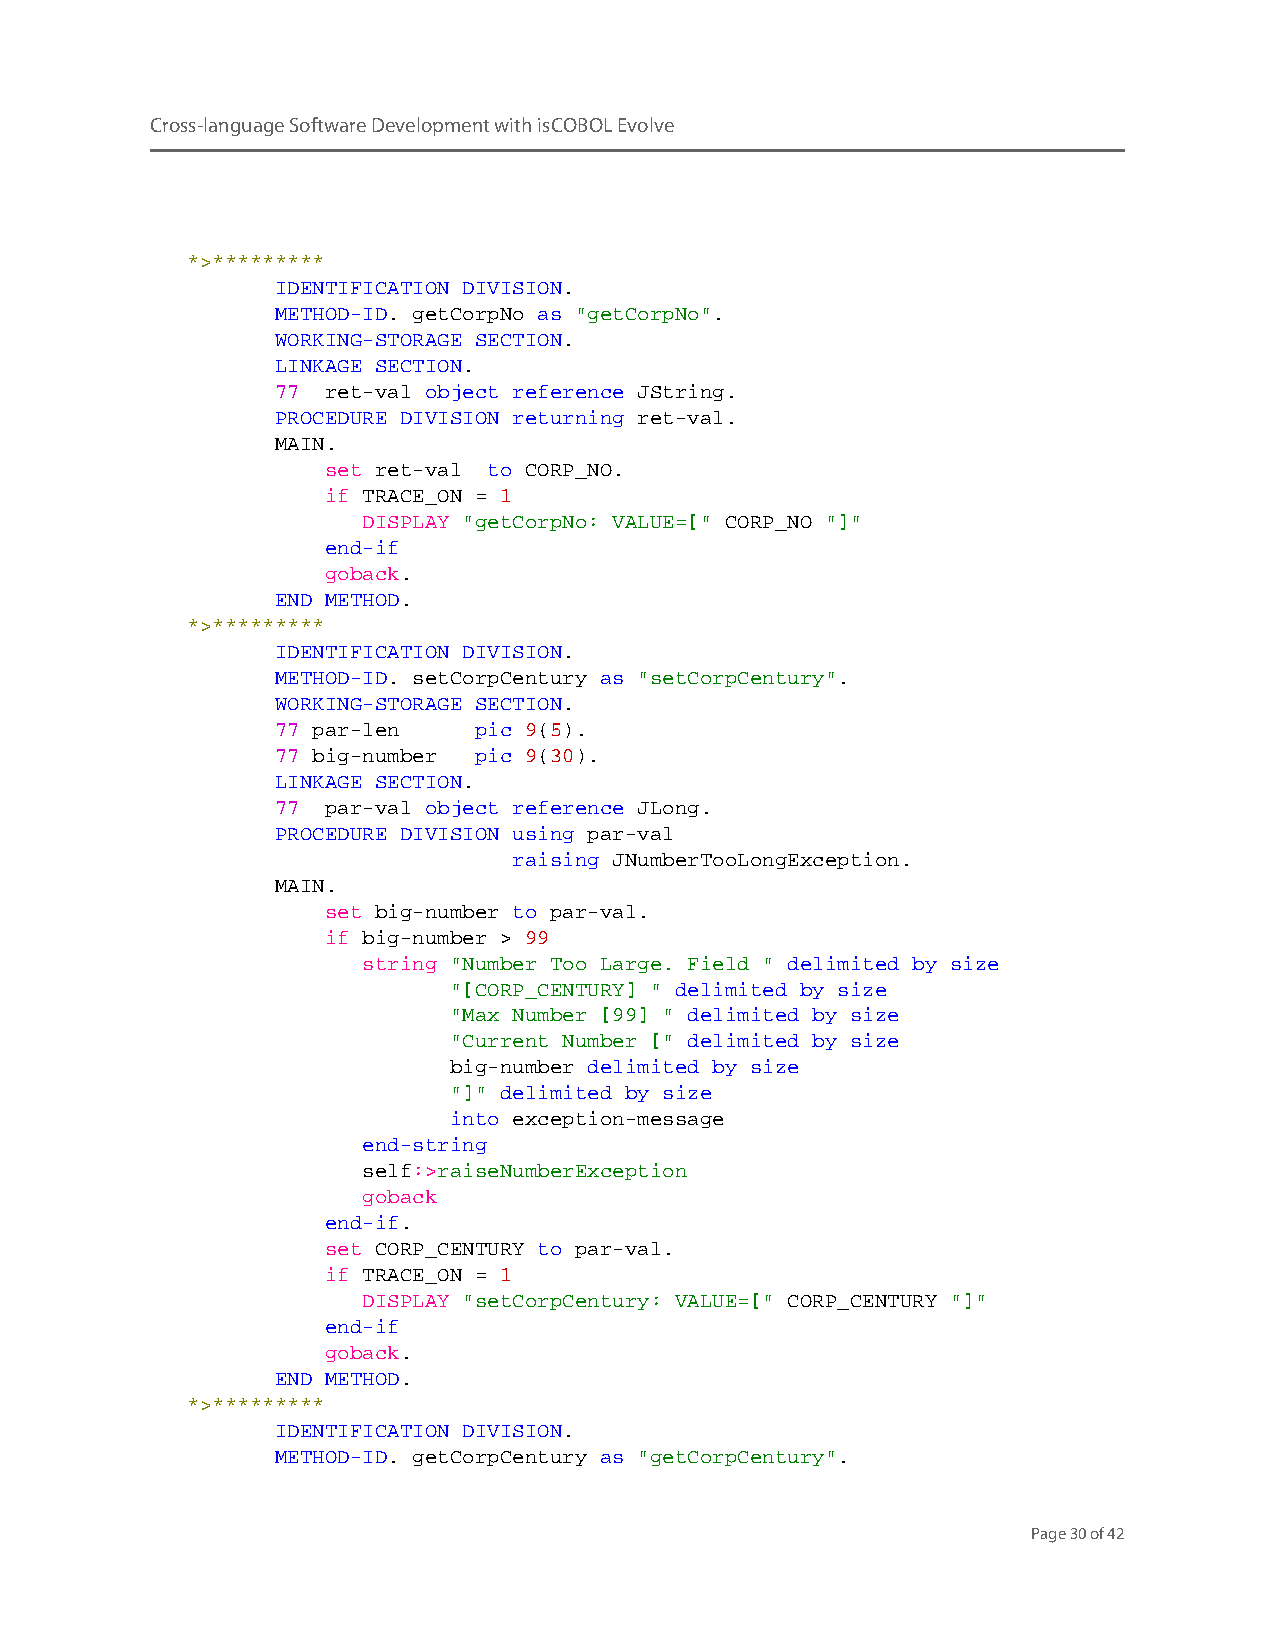
Cross-language Software Development with isCOBOL Evolve
 *>*********
 IDENTIFICATION DIVISION.
 METHOD-ID. getCorpNo as "getCorpNo".
 WORKING-STORAGE SECTION.
 LINKAGE SECTION.
 77  ret-val object reference JString.
 PROCEDURE DIVISION returning ret-val.
 MAIN.
 set ret-val to CORP_NO.
 if TRACE_ON = 1
 DISPLAY "getCorpNo: VALUE=[" CORP_NO "]"
 end-if
 goback.
 END METHOD.
 *>*********
 IDENTIFICATION DIVISION.
 METHOD-ID. setCorpCentury as "setCorpCentury".
 WORKING-STORAGE SECTION.
 77 par-len   pic 9(5).
 77 big-number pic 9(30).
 LINKAGE SECTION.
 77  par-val object reference JLong.
 PROCEDURE DIVISION using par-val
 raising JNumberTooLongException.
 MAIN.
 set big-number to par-val.
 if big-number > 99
 string "Number Too Large. Field " delimited by size
 "[CORP_CENTURY] " delimited by size
 "Max Number [99] " delimited by size
 "Current Number [" delimited by size
 big-number delimited by size
 "]" delimited by size
 into exception-message
 end-string
 self:>raiseNumberException
 goback
 end-if.
 set CORP_CENTURY to par-val.
 if TRACE_ON = 1
 DISPLAY "setCorpCentury: VALUE=[" CORP_CENTURY "]"
 end-if
 goback.
 END METHOD.
 *>*********
 IDENTIFICATION DIVISION.
 METHOD-ID. getCorpCentury as "getCorpCentury".
 Page 30 of 42